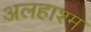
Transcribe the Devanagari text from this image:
अलहाश्म